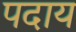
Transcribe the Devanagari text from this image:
पदाय